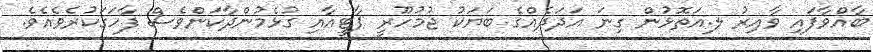
ބާއްވާފައި ވާއިރު ލ.އަތޮޅުން ގިނަ އަދަދެއްގެ ބަޔަކު ޖުމުހޫރީ ޕާޓީއާއި ގުޅެމުންދާކަންވެސް ފާހަގަކުރެވެއެވެ.